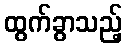
ထွက်ခွာသည့်